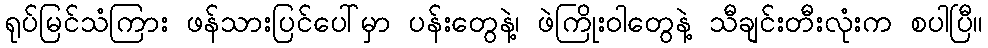
ရုပ်မြင်သံကြား ဖန်သားပြင်ပေါ်မှာ ပန်းတွေနဲ့၊ ဖဲကြိုးဝါတွေနဲ့ သီချင်းတီးလုံးက စပါပြီ။